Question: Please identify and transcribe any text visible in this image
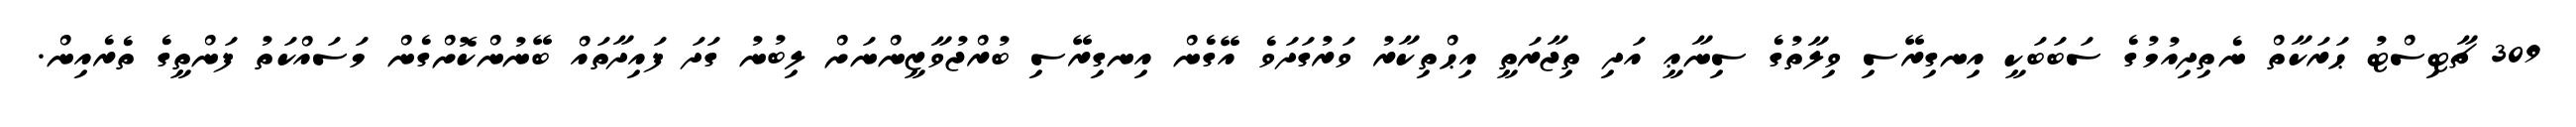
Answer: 309 ޗާޓިސްޓު ޙަރަކާތް ނެތިދިއުމުގެ ސަބަބަކީ އިނގިރޭސި ވިލާތުގެ ސިނާޢީ އަދި ތިޖާރަތީ އިޙްތިކާރު ވަރުގަދަވެ އޭގެން އިނގިރޭސި ބުރްޖުވާޒީންނަށް ލިބުނު ގަދަ ފައިދާތައް ބޭނުންކޮށްގެން މަސައްކަތު ފަންތީގެ ތެރެއިން.